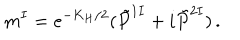
m ^ { I } = e ^ { - K _ { H } / 2 } ( \tilde { P } ^ { 1 I } + i \tilde { P } ^ { 2 I } ) \, .